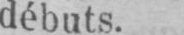
débuts.